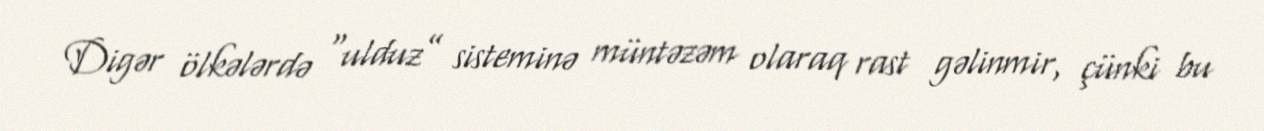
Digər ölkələrdə “ulduz” sisteminə müntəzəm olaraq rast gəlinmir, çünki bu